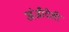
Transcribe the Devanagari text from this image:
अंजीदेवी